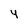
Character: 4